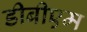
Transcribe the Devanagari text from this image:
डीबीएम